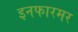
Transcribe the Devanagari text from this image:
इनफारमर